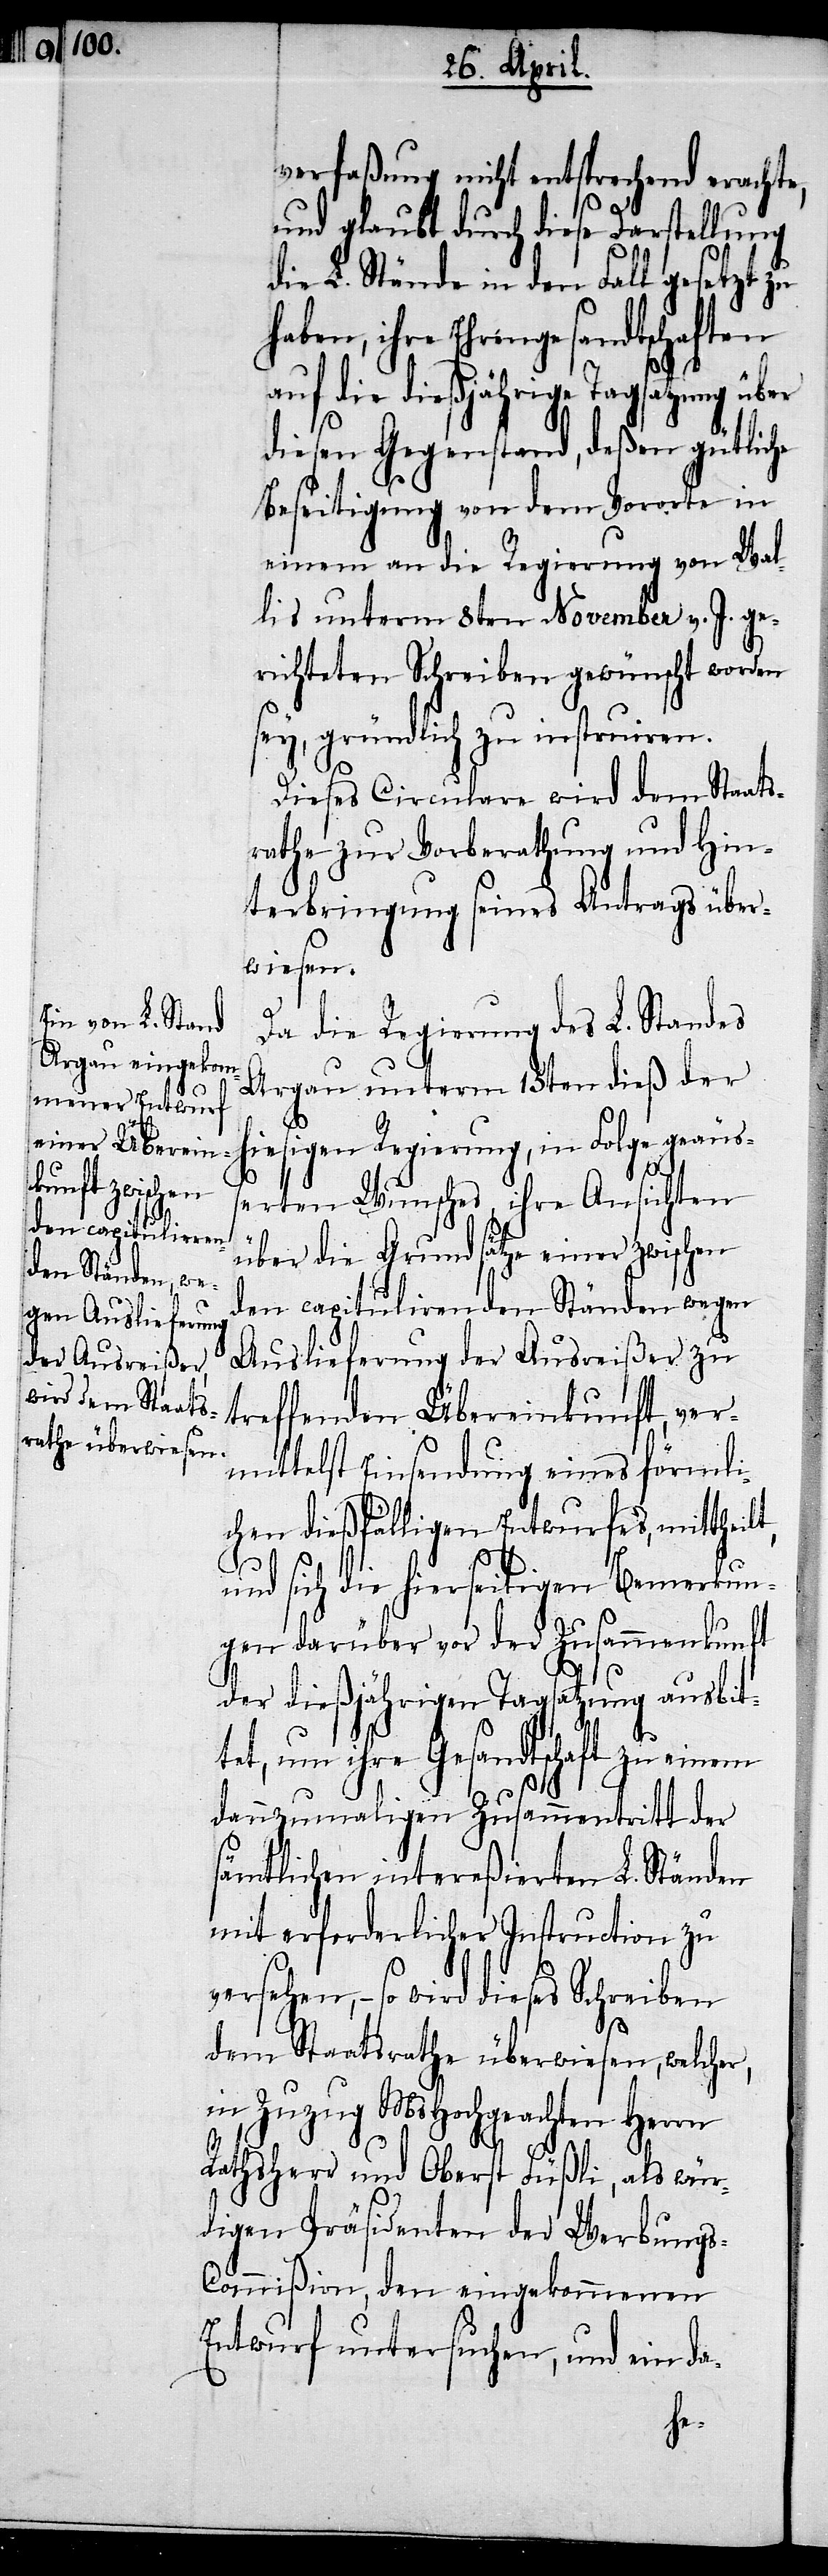
s-Com¬

verfaßung nicht entsprechend erachte,
und glaubt durch diese Darstellung
die L. Stände in den Fall gesetzt zu
ihre Ehrengesandtschaften
auf die dießjährige Tagsatzung über
diesen Gegenstand, deßen gütliche
Beseitigung von dem Vororte in
einem an die Regierung von Wal¬
lis unterm 8ten November v. J. ge¬
richteten Schreiben gewünscht worden
sey, gründlich zu instruiren.
Dieses Circulare wird dem Staats¬
rathe zur Vorberathung und Hin¬
terbringung seines Antrags über¬
wiesen.
Da die Regierung des L. Standes
Argau unterm 15ten dieß der
hiesigen Regierung, in Folge geäuß¬
miß¬
erten Wunsches, ihre Ansichten
über die Grundsätze einer zwischen
den capitulirenden Ständen wegen
Auslieferung der Ausreißer zu
treffenden Übereinkunft, ver¬
mittelst Einsendung eines förmli¬
chen dießfälligen Entwurfes, mittheilt,
und sich die hierseitigen Bemerkun¬
gen darüber vor der Zusammenkunft
der dießjährigen Tagsatzung ausbit¬
tet, um ihre Gesandtschaft zu ein¬
dannzumaligen Zusammentritt der
sämtlichen intereßirten L. Ständen
mit erforderlicher Instruction zu
versehen, – so wird dieses Schreiben
dem Staatsrathe überwiesen, welcher,
in Zuzug MsHochgeachten Herrn
Rathsherr und Oberst Füßli, als wür¬
digen Präsidenten der Werbung¬
ion untersuchen, und ein da-